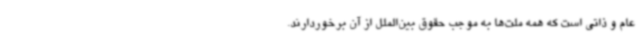
عام و ذاتی است که همه‌ ملت‌ها به موجب حقوق بین‌الملل از آن برخوردارند.